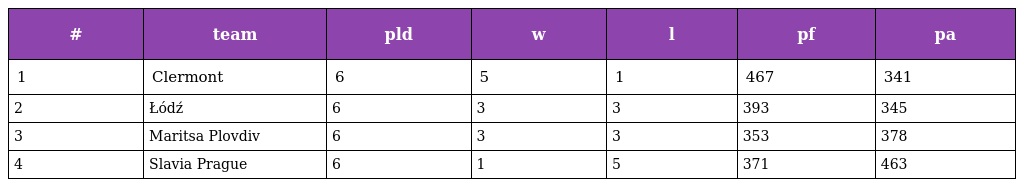
| # | team | pld | w | l | pf | pa |
 | --- | --- | --- | --- | --- | --- | --- |
 | 1 | Clermont | 6 | 5 | 1 | 467 | 341 |
 | 2 | Łódź | 6 | 3 | 3 | 393 | 345 |
 | 3 | Maritsa Plovdiv | 6 | 3 | 3 | 353 | 378 |
 | 4 | Slavia Prague | 6 | 1 | 5 | 371 | 463 |